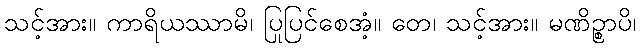
သင့်အား။ ကာရိယဿာမိ၊ ပြုပြင်စေအံ့။ တေ၊ သင့်အား။ မဏိဉ္စာပိ၊